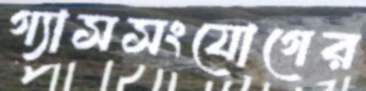
গ্যাসসংযোগের